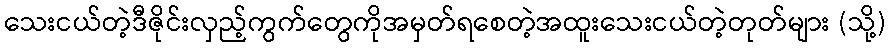
သေးငယ်တဲ့ဒီဇိုင်းလှည့်ကွက်တွေကိုအမှတ်ရစေတဲ့အထူးသေးငယ်တဲ့တုတ်များ (သို့)